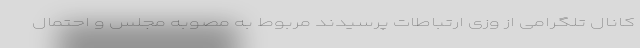
کانال تلگرامی از وزی ارتباطات پرسیدند مربوط به مصوبه مجلس و احتمال